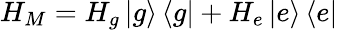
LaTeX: H_{M}=H_{g}\left\lvert g\right\rangle\left\langle g\right\rvert+H_{e}\left\lvert e\right\rangle\left\langle e\right\rvert